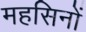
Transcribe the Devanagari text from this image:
महसिनों